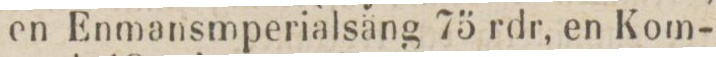
en Enmansmperialsäng 75 rdr, en Kom-